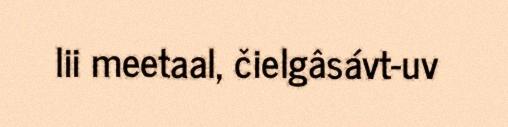
lii meetaal, čielgâsávt-uv